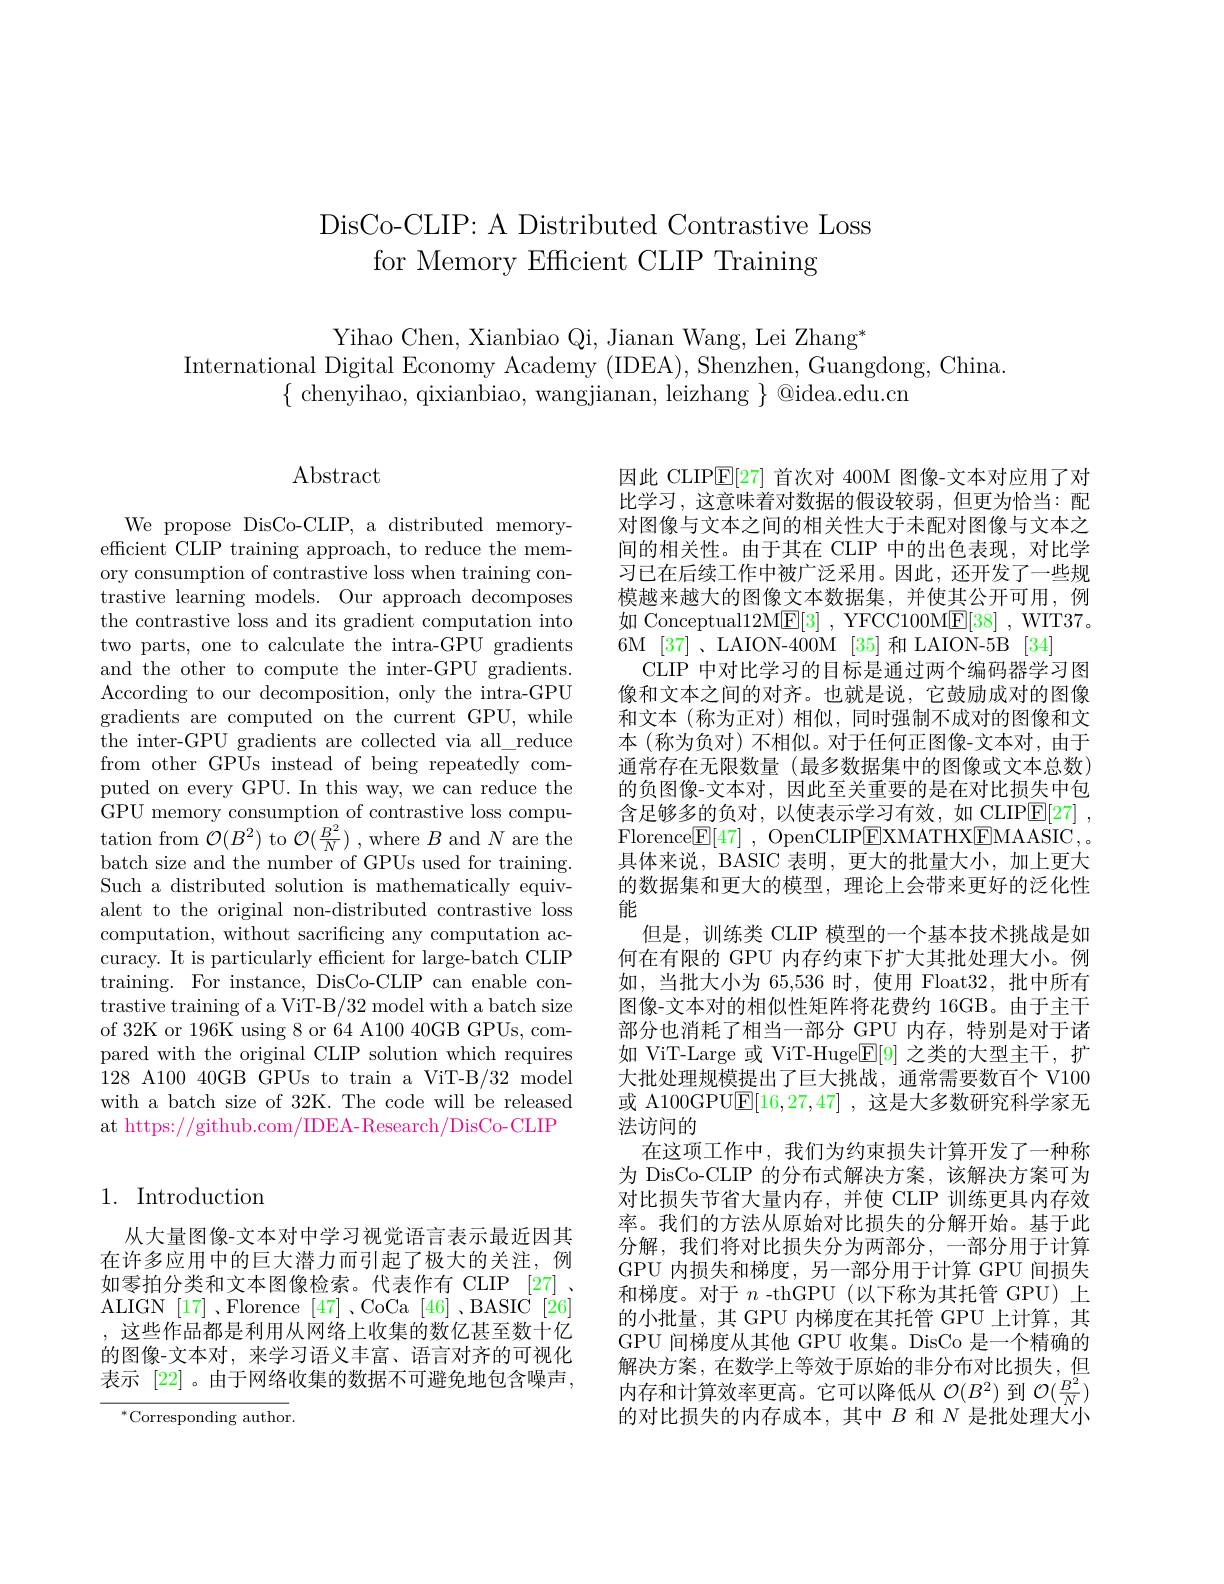
DisCo-CLIP: A Distributed Contrastive Loss
for Memory Efficient CLIP Training

Yihao Chen, Xianbiao Qi, Jianan Wang, Lei Zhang*
International Digital Economy Academy (IDEA), Shenzhen, Guangdong, China
$\{{\mathrm{~chenyihao,~qixianbiao,~wangjianan,~leizhang~}}\}{\mathrm{~@idea.edu.cn}}$

$\operatorname{Abstract}$

We propose DisCo-CLIP, a distributed memoryefficient CLIP training approach, to reduce the memory consumption of contrastive loss when training contrastive learning models. Our approach decomposes the contrastive loss and its gradient computation into two parts, one to calculate the intra-GPU gradients and the other to compute the inter-GPU gradients. According to our decomposition, only the intra-GPU gradients are computed on the current GPU, while the inter-GPU gradients are collected via all\_reduce from other GPUs instead of being repeatedly computed on every GPU. In this way, we can reduce the GPU memory consumption of contrastive loss computation from $\mathcal{O}(B^{2})$ to $\mathcal{O}(\frac{B^{2}}{N})$ , where $B$ and $N$ are the batch size and the number of GPUs used for training. Such a distributed solution is mathematically equivalent to the original non-distributed contrastive loss computation, without sacrificing any computation accuracy. It is particularly efficient for large-batch CLIP training. For instance, DisCo-CLIP can enable contrastive training of a ViT-B/32 model with a batch size of 32K or 196K using 8 or 64 A100 40GB GPUs, compared with the original CLIP solution which requires 128 A100 40GB GPUs to train a ViT-B/32 model with a batch size of 32K. The code will be released at https://github.com/IDEA-Research/DisCo-CLIP

# 1. Introduction

从大量图像-文本对中学习视觉语言表示最近因其在许多应用中的巨大潜力而引起了极大的关注，例如零拍分类和文本图像检索。代表作有 CLIP [27] , ALIGN [17]、Florence [47]、CoCa [46]、BASIC [26] , 这些作品都是利用从网络上收集的数亿甚至数十亿的图像-文本对，来学习语义丰富、语言对齐的可视化表示 [22]。由于网络收集的数据不可避免地包含噪声，

$^{*}$Corresponding author

因此 CLIPE[27]首次对 400M 图像-文本对应用了对比学习，这意味着对数据的假设较弱，但更为恰当：配对图像与文本之间的相关性大于未配对图像与文本之间的相关性。由于其在 CLIP 中的出色表现，对比学习已在后续工作中被广泛采用。因此，还开发了一些规模越来越大的图像文本数据集，并使其公开可用，例如 Conceptual12M$\underline{\mathrm{E}}[3]$ , YFCC100M$\underline{\mathrm{E}}[38]$ , WIT37。6M [37]、LAION-400M [35]和 LAION-5B [34]
CLIP 中对比学习的目标是通过两个编码器学习图像和文本之间的对齐。也就是说，它鼓励成对的图像和文本(称为正对)相似，同时强制不成对的图像和文本 (称为负对) 不相似。对于任何正图像-文本对，由于通常存在无限数量(最多数据集中的图像或文本总数) 的负图像-文本对，因此至关重要的是在对比损失中包含足够多的负对，以使表示学习有效，如 CLIP$\boxed{\mathrm{E} }[ 27]$ , Florence$\boxed{\mathrm{F} }[ 47]$ , OpenCLIPEXMATHX$\underline {\mathrm{EMAASIC}}$, . 具体来说，BASIC 表明，更大的批量大小，加上更大的数据集和更大的模型，理论上会带来更好的泛化性能
但是，训练类 CLIP 模型的一个基本技术挑战是如何在有限的 GPU 内存约束下扩大其批处理大小。例如，当批大小为 65,536 时，使用 Float32, 批中所有图像-文本对的相似性矩阵将花费约 16GB。由于主干部分也消耗了相当一部分 GPU 内存，特别是对于诸如 ViT-Large 或 ViT-Huge$\mathbb{E}[9]$之类的大型主干，扩大批处理规模提出了巨大挑战，通常需要数百个 V100或 A100GPU$\mathbb{E}[16,27,47]$ ,这是大多数研究科学家无法访问的
在这项工作中，我们为约束损失计算开发了一种称为 DisCo-CLIP 的分布式解决方案，该解决方案可为对比损失节省大量内存，并使 CLIP 训练更具内存效率。我们的方法从原始对比损失的分解开始。基于此分解，我们将对比损失分为两部分，一部分用于计算GPU 内损失和梯度，另一部分用于计算 GPU 间损失和梯度。对于$n$ -thGPU (以下称为其托管 GPU)上的小批量，其 GPU 内梯度在其托管 GPU 上计算，其GPU 间梯度从其他 GPU 收集。DisCo 是一个精确的解决方案，在数学上等效于原始的非分布对比损失，但内存和计算效率更高。它可以降低从$\mathcal{O}(B^2)$到$\mathcal{O}(\frac{B^2}N)$ 的对比损失的内存成本，其中$B$和$N$是批处理大小